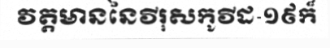
វត្តមាននៃវីរុសកូវីដ-១៩ក៏